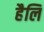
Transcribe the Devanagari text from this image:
हैलि